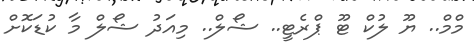
މްމް.. ޔޫ ލުކް ޓޫ ޕްރެޓީ.. ޝޯލް.. މިއަދު ޝޯލް މާ ކުޑަކޮށް